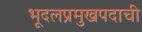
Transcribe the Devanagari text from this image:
भूदलप्रमुखपदाची